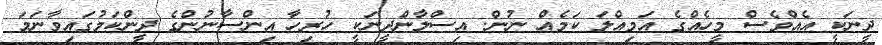
ދީނަކީ އެެއްވެސް މީހެއްގެ އަމިއްލަ ކަމެއް ނުން. އިސްލާންދީނަކީ ހުރިހާ އިންސާނުންގެ ދީންކަމުގައިވާނަމަ